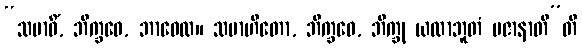
“သမာဓိံ, ဘိက္ခဝေ, ဘာဝေထ။ သမာဟိတော, ဘိက္ခဝေ, ဘိက္ခု ယထာဘူတံ ပဇာနာတီ”တိ